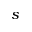
s